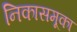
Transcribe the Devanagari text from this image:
निकासमूका